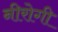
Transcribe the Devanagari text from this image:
नीरोगी